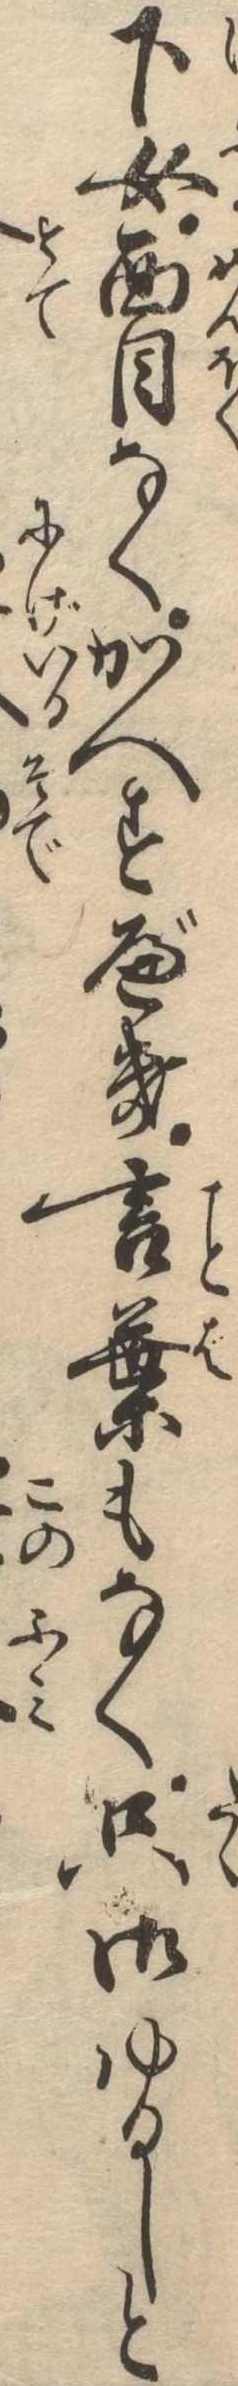
下女面目なくかへすべき言葉もなく只御ゆるしと